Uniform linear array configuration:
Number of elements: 24
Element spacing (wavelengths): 0.25
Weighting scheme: hamming
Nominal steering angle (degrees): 45
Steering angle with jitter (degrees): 43.564
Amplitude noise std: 0.05
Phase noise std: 0.05

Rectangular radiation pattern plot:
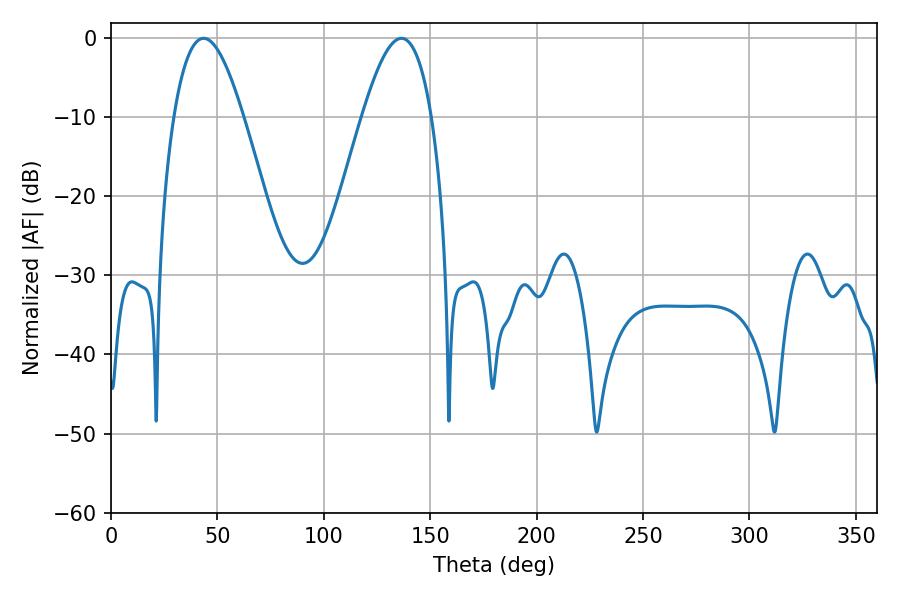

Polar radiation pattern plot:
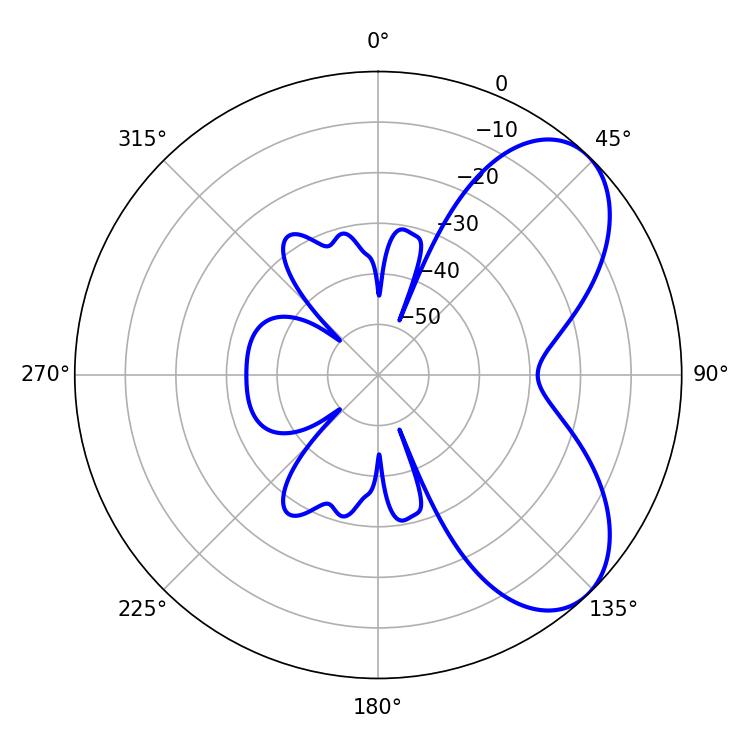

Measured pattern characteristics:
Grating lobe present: FALSE
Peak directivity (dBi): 6.281
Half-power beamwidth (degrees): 17.82
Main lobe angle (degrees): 43.56